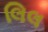
લિલ